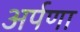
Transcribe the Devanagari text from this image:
अर्पणा